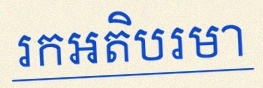
រកអតិបរមា